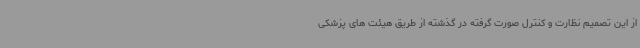
از این تصمیم نظارت و کنترل صورت گرفته در گذشته از طریق هیئت های پزشکی